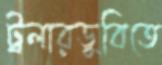
ট্রলারডুবিতে